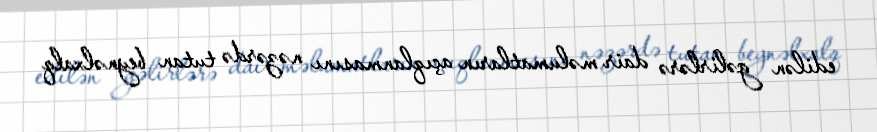
edilən gəlirlərə dair məlumatların açıqlanmasını nəzərdə tutan beynəlxalq